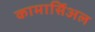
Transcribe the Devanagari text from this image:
कामार्सिअल